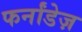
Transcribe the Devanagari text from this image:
फर्नांडेज़